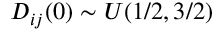
D _ { i j } ( 0 ) \sim U ( 1 / 2 , 3 / 2 )